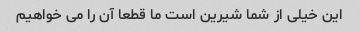
این خیلی از شما شیرین است ما قطعا آن را می خواهیم